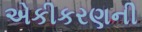
એકીકરણની